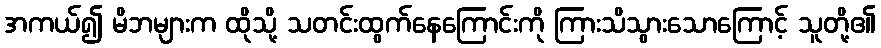
အကယ်၍ မိဘများက ထိုသို့ သတင်းထွက်နေကြောင်းကို ကြားသိသွားသောကြောင့် သူတို့၏